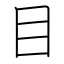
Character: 目